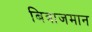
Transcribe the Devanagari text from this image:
बित्राजमान